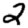
Digit: 2